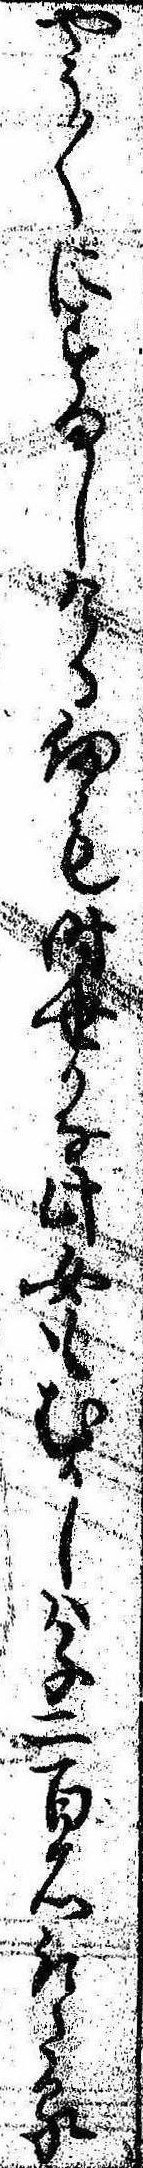
やう〱にすましける扨も時世かな此女もむかしは千二百石取たる